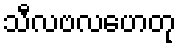
သီလဗလဟေတု